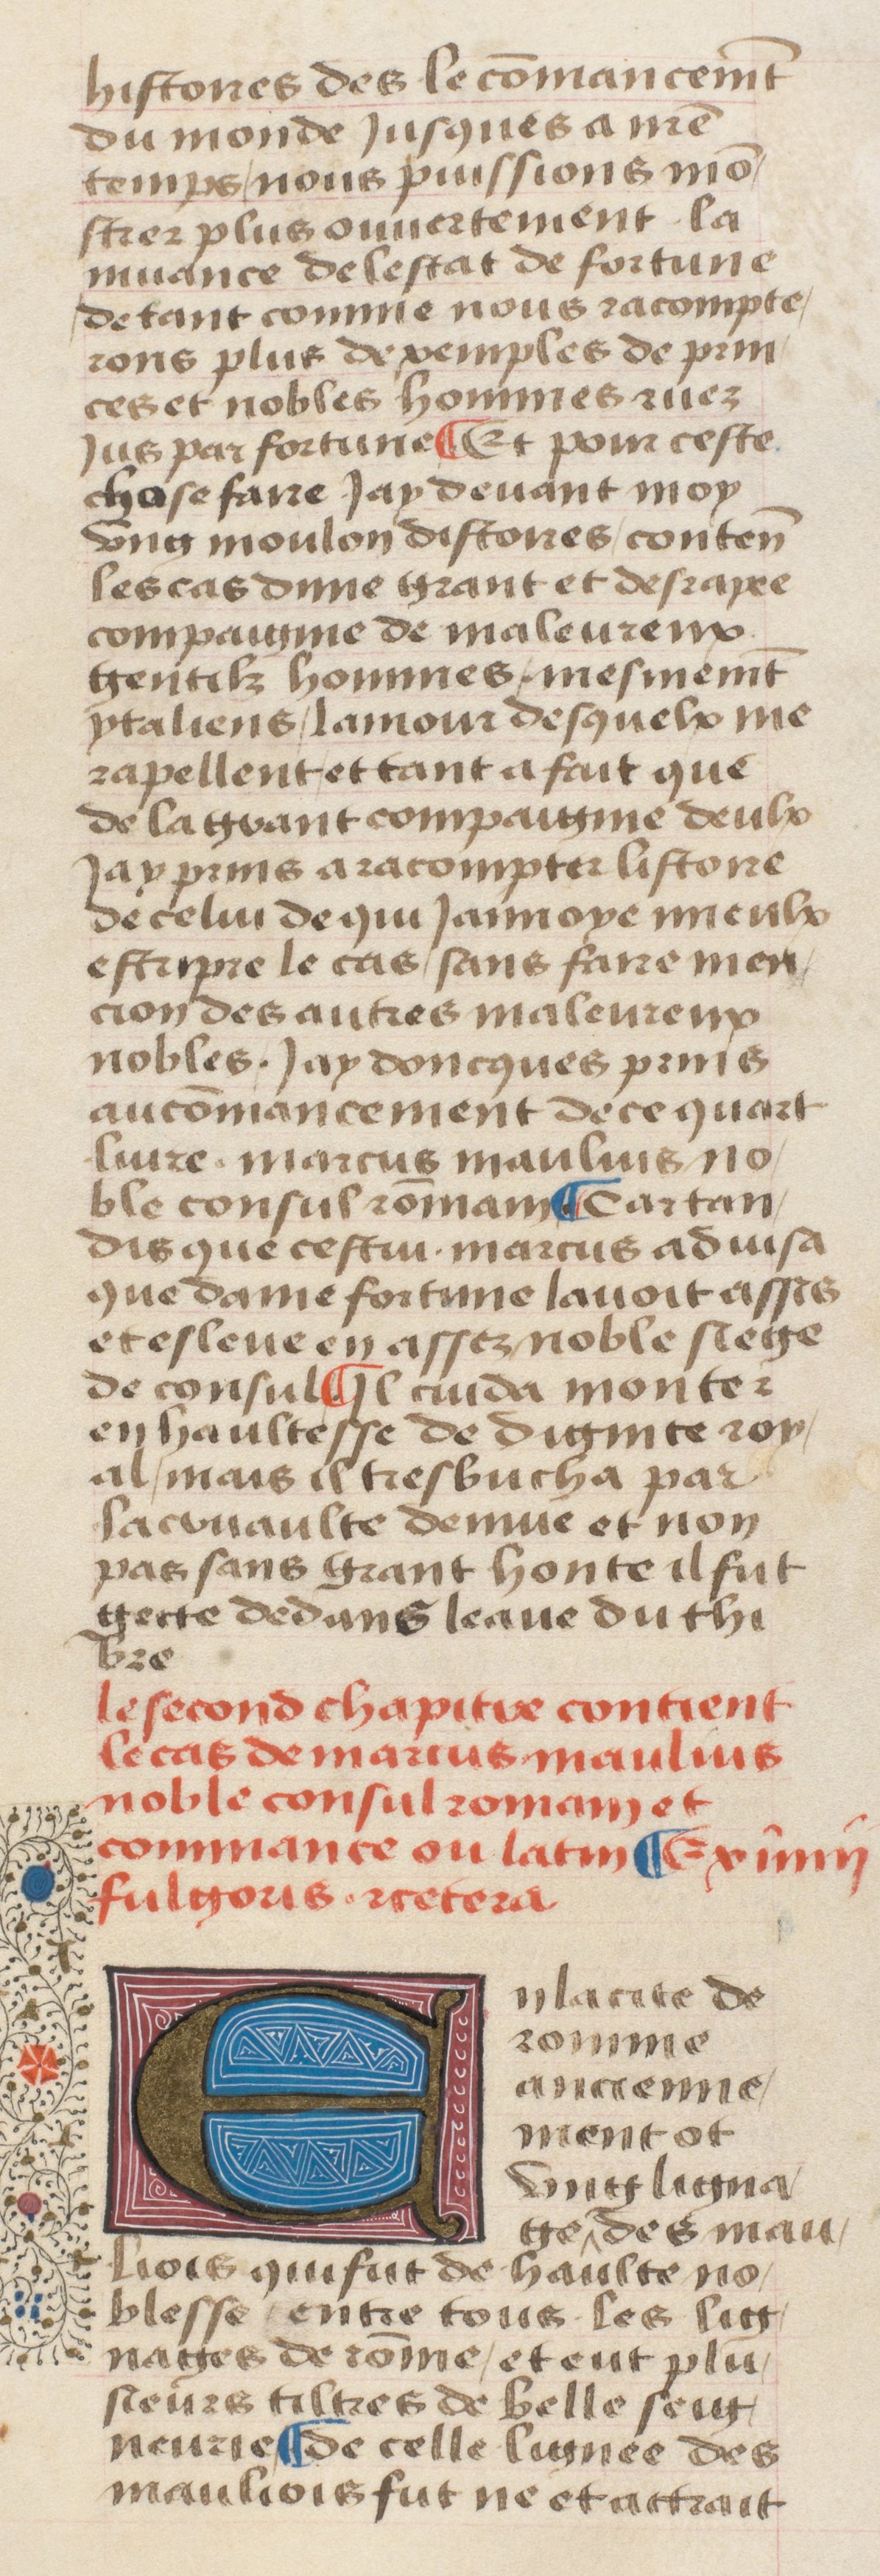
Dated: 1400–1499